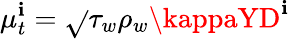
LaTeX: \mu_{t}^{\mathbf{i}}=\sqrt{}{{\tau_{w}\rho_{w}}}\kappaYD^{\mathbf{i}}